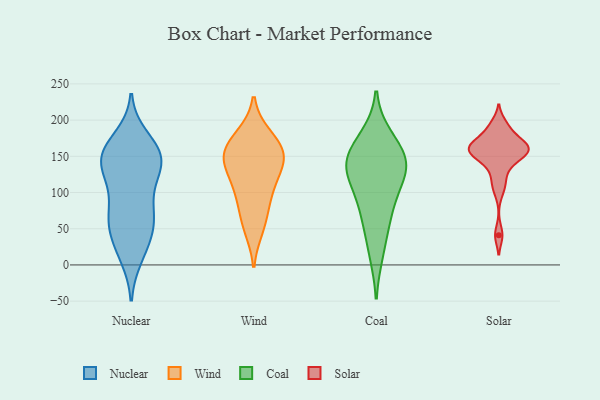
{"axis": {"x": "LTV (USD)", "y": "Value"}, "legend": ["Coal", "Nuclear", "Solar", "Wind"], "data": [{"x": "", "y": 74, "type": "Nuclear"}, {"x": "", "y": 139, "type": "Nuclear"}, {"x": "", "y": 18, "type": "Nuclear"}, {"x": "", "y": 129, "type": "Nuclear"}, {"x": "", "y": 158, "type": "Nuclear"}, {"x": "", "y": 59, "type": "Nuclear"}, {"x": "", "y": 152, "type": "Nuclear"}, {"x": "", "y": 117, "type": "Nuclear"}, {"x": "", "y": 119, "type": "Nuclear"}, {"x": "", "y": 52, "type": "Nuclear"}, {"x": "", "y": 156, "type": "Nuclear"}, {"x": "", "y": 68, "type": "Nuclear"}, {"x": "", "y": 157, "type": "Nuclear"}, {"x": "", "y": 151, "type": "Nuclear"}, {"x": "", "y": 56, "type": "Nuclear"}, {"x": "", "y": 175, "type": "Nuclear"}, {"x": "", "y": 33, "type": "Nuclear"}, {"x": "", "y": 12, "type": "Nuclear"}, {"x": "", "y": 143, "type": "Nuclear"}, {"x": "", "y": 85, "type": "Nuclear"}, {"x": "", "y": 136, "type": "Wind"}, {"x": "", "y": 95, "type": "Wind"}, {"x": "", "y": 154, "type": "Wind"}, {"x": "", "y": 63, "type": "Wind"}, {"x": "", "y": 178, "type": "Wind"}, {"x": "", "y": 51, "type": "Wind"}, {"x": "", "y": 157, "type": "Wind"}, {"x": "", "y": 145, "type": "Wind"}, {"x": "", "y": 149, "type": "Wind"}, {"x": "", "y": 119, "type": "Wind"}, {"x": "", "y": 100, "type": "Wind"}, {"x": "", "y": 173, "type": "Wind"}, {"x": "", "y": 176, "type": "Coal"}, {"x": "", "y": 76, "type": "Coal"}, {"x": "", "y": 57, "type": "Coal"}, {"x": "", "y": 128, "type": "Coal"}, {"x": "", "y": 139, "type": "Coal"}, {"x": "", "y": 163, "type": "Coal"}, {"x": "", "y": 96, "type": "Coal"}, {"x": "", "y": 17, "type": "Coal"}, {"x": "", "y": 130, "type": "Coal"}, {"x": "", "y": 132, "type": "Coal"}, {"x": "", "y": 150, "type": "Coal"}, {"x": "", "y": 157, "type": "Solar"}, {"x": "", "y": 154, "type": "Solar"}, {"x": "", "y": 187, "type": "Solar"}, {"x": "", "y": 162, "type": "Solar"}, {"x": "", "y": 104, "type": "Solar"}, {"x": "", "y": 138, "type": "Solar"}, {"x": "", "y": 154, "type": "Solar"}, {"x": "", "y": 164, "type": "Solar"}, {"x": "", "y": 120, "type": "Solar"}, {"x": "", "y": 195, "type": "Solar"}, {"x": "", "y": 41, "type": "Solar"}, {"x": "", "y": 162, "type": "Solar"}, {"x": "", "y": 171, "type": "Solar"}, {"x": "", "y": 147, "type": "Solar"}, {"x": "", "y": 172, "type": "Solar"}]}